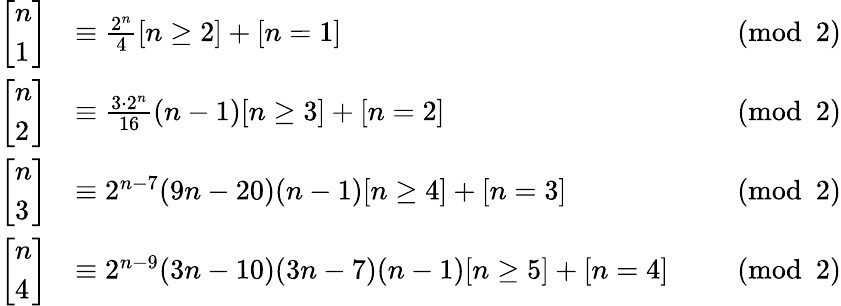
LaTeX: {\begin{array}{rlrl}{\left[{\begin{array}{l}{n}\\ {1}\end{array}}\right]}&{\equiv{\frac{2^{n}}{4}}[n\geq 2]+[n=1]}&&{{\pmod{2}}}\\ {\left[{\begin{array}{l}{n}\\ {2}\end{array}}\right]}&{\equiv{\frac{3\cdot 2^{n}}{16}}(n-1)[n\geq 3]+[n=2]}&&{{\pmod{2}}}\\ {\left[{\begin{array}{l}{n}\\ {3}\end{array}}\right]}&{\equiv 2^{n-7}(9n-20)(n-1)[n\geq 4]+[n=3]}&&{{\pmod{2}}}\\ {\left[{\begin{array}{l}{n}\\ {4}\end{array}}\right]}&{\equiv 2^{n-9}(3n-10)(3n-7)(n-1)[n\geq 5]+[n=4]}&&{{\pmod{2}}}\end{array}}